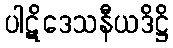
ပါဋိဒေသနီယဒိဋ္ဌိ